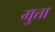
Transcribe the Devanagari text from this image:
मुत्ता